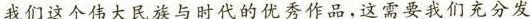
我们这个伟大民族与时代的优秀作品，这需要我们i充分发